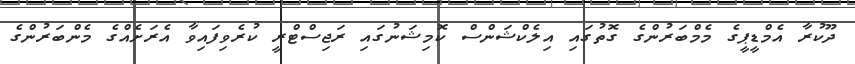
ދޫކުރާ އެމްޑީޕީގެ މެމްބަރުންގެ ގޮތުގައި އިލެކްޝަންސް ކޮމިޝަނުގައި ރަޖިސްޓްރީ ކުރެވިފައިވާ އެރަށެއްގެ މެންބަރުންގެ